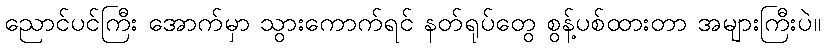
ညောင်ပင်ကြီး အောက်မှာ သွားကောက်ရင် နတ်ရုပ်တွေ စွန့်ပစ်ထားတာ အများကြီးပဲ။